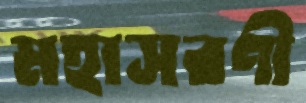
মহাসরণী